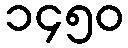
၁၄၅၀